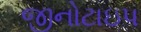
જીનોટાઇપ